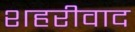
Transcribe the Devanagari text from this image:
शहरीवाद